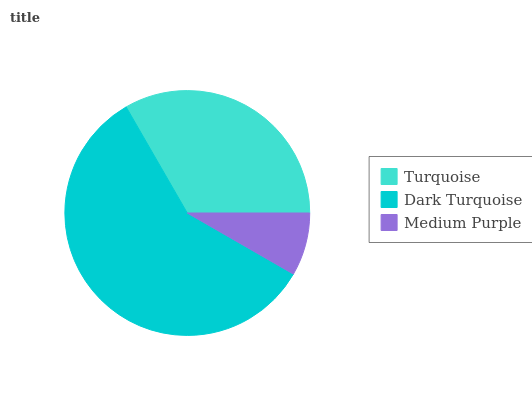
| Turquoise | Dark Turquoise | Medium Purple |
 | --- | --- | --- |
 | 33.3% | 58.4% | 8.31% |